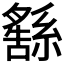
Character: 𦅚